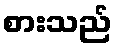
စားသည်